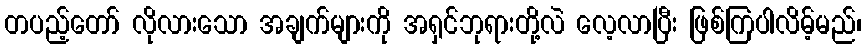
တပည့်တော် လိုလားသော အချက်များကို အရှင်ဘုရားတို့လဲ လေ့လာပြီး ဖြစ်ကြပါလိမ့်မည်၊